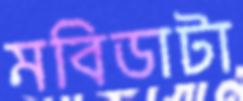
মবিডাটা